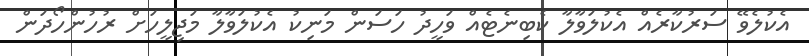
އެކުލެވޭ ސަރުކާރެއް އެކުލަވާލާ ކެބިނެޓެއް ވަހީދު ހަސަން މަނިކު އެކުލަވާލާ މަޖިލީހަށް ރުހުންހޯދަން